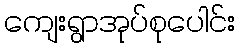
ကျေးရွာအုပ်စုပေါင်း